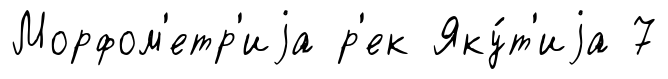
Морфом'етр'иjа р'ек Яку́т'иjа 7